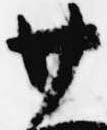
廿